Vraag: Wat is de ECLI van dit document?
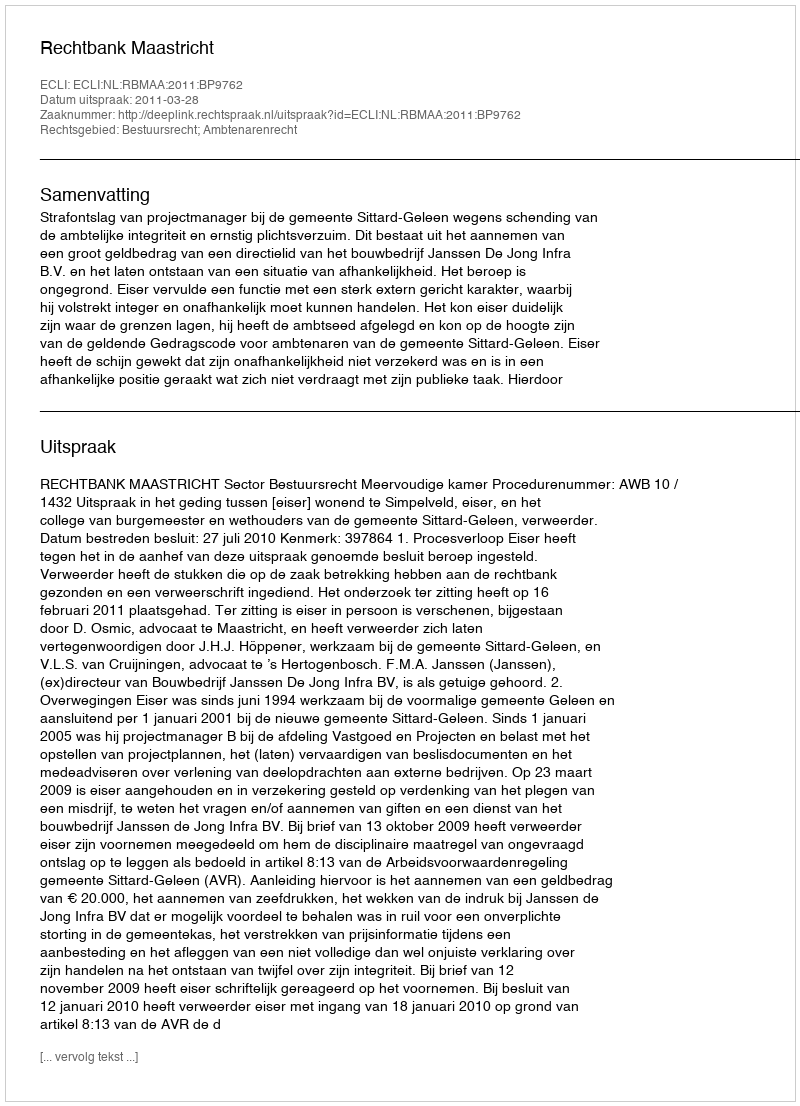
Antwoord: ECLI:NL:RBMAA:2011:BP9762